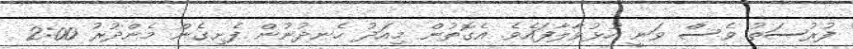
ފުރުސަތު ވެސް ވަނީ ހުޅުވާލާފައެވެ. އެގޮތުން މިއަދު ހެނދުނުން ފެށިގެން މެންދުރު 2:00